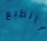
بالطبع